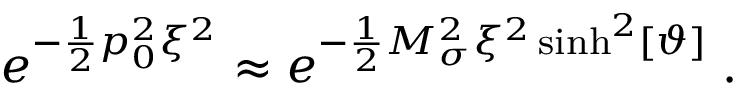
e ^ { - \frac { 1 } { 2 } p _ { 0 } ^ { 2 } \xi ^ { 2 } } \approx e ^ { - \frac { 1 } { 2 } M _ { \sigma } ^ { 2 } \xi ^ { 2 } \sinh ^ { 2 } [ \vartheta ] } \; .